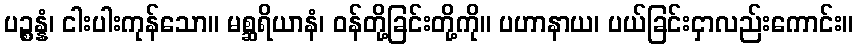
ပဉ္စန္နံ၊ ငါးပါးကုန်သော။ မစ္ဆရိယာနံ၊ ဝန်တို့ခြင်းတို့ကို။ ပဟာနာယ၊ ပယ်ခြင်းငှာလည်းကောင်း။